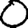
Digit: 0